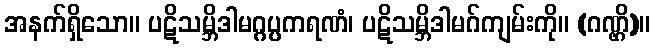
အနက်ရှိသော။ ပဋိသမ္ဘိဒါမဂ္ဂပ္ပကရဏံ၊ ပဋိသမ္ဘိဒါမဂ်ကျမ်းကို။ (ဂဏ္ဌိ)။